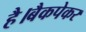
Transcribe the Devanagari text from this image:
है।बैकपेकर